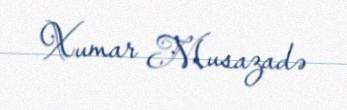
Xumar Musazadə